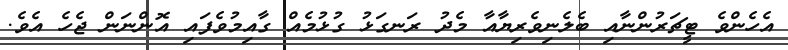
އެހެންވެ ޓީޗަރުންނާއި ބެލެނިވެރިޔާއާ މެދު ރަނގަޅު ގުޅުމެއް ގާއިމުވެފައި އޮންނަން ޖެހެ އެވެ.